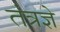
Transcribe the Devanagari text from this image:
तंत्रज्ञे